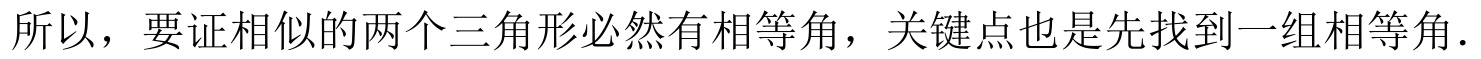
所以，要证相似的两个三角形必然有相等角，关键点也是先找到一组相等角．